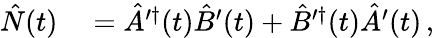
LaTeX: \begin{array}{rl}{\hat{N}(t)}&{{}=\hat{A}^{\prime\dagger}(t)\hat{B}^{\prime}(t)+\hat{B}^{\prime\dagger}(t)\hat{A}^{\prime}(t)\, ,}\end{array}